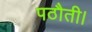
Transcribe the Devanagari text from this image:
पठौती।